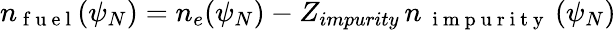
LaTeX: n_{\mathrm{~f~u~e~l~}}(\psi_{N})=n_{e}(\psi_{N})-Z_{impurity}\, n_{\mathrm{~{~i~m~p~u~r~i~t~y~}~}}(\psi_{N})